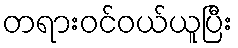
တရားဝင်ဝယ်ယူပြီး